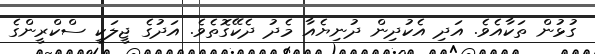
ގުޅުން ތަކާއެވެ. އަދި އެކުދިން ދުނިޔެއާ މެދު ދެކޭގޮތެވެ. އަދުގެ ޖީލަކީ ސްކްރީންގެ